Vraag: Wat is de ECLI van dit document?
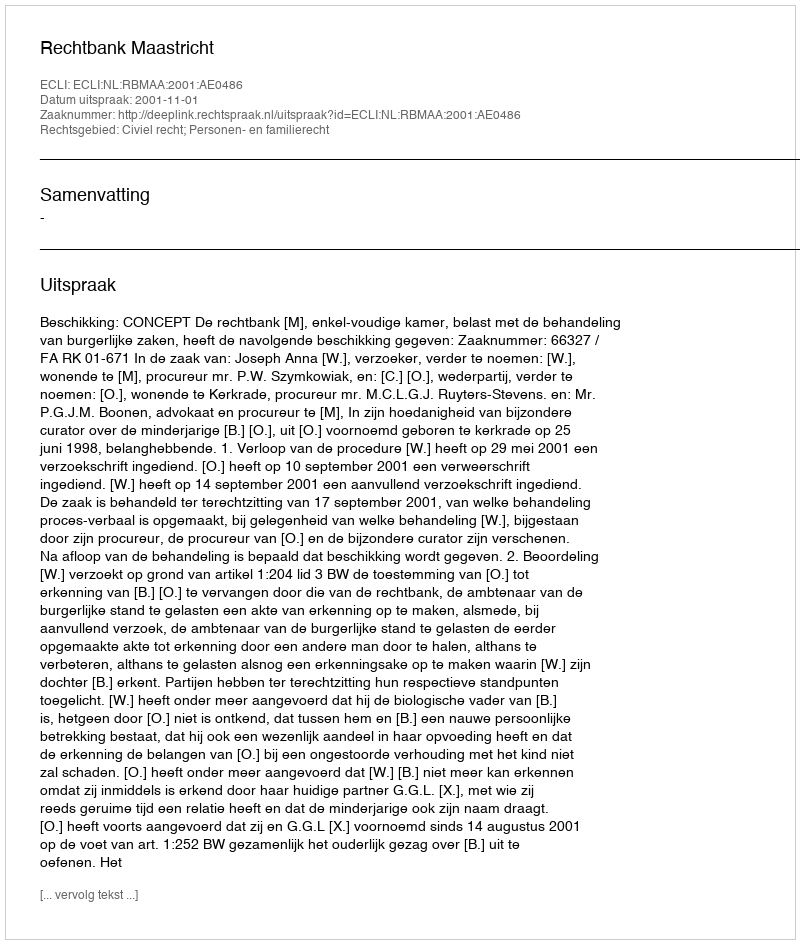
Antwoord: ECLI:NL:RBMAA:2001:AE0486